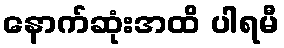
နောက်ဆုံးအထိ ပါရမီ